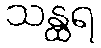
သန္ထရ